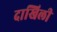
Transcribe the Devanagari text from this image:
दाखिली